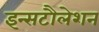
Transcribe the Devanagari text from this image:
इन्सटौलेशन